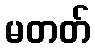
မတတ်